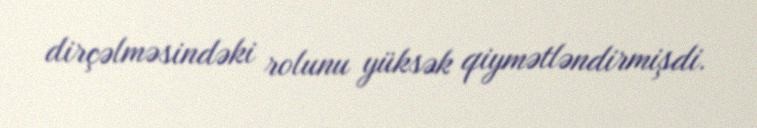
dirçəlməsindəki rolunu yüksək qiymətləndirmişdi.